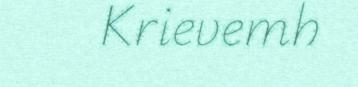
Krievemh